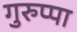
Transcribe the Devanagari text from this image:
गुरुप्पा